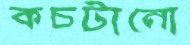
কচটানো